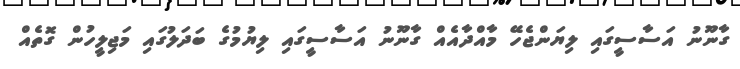
ގާނޫނު އަސާސީގައި ލިޔަންޖެހޭ މާއްދާއެއް ގާނޫނު އަސާސީގައި ލިޔުމުގެ ބަދަލުގައި މަޖިލީހުން ގޮތެއް